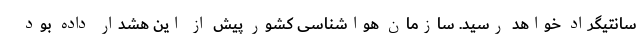
سانتیگراد خواهد رسید. سازمان هواشناسی کشور پیش از این هشدار داده بود